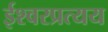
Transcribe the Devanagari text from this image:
ईश्वरप्रत्यय